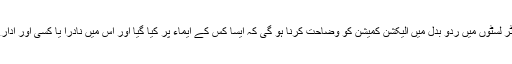
انہوں نے کہا کہ ووٹر لسٹوں میں ردو بدل میں الیکشن کمیشن کو وضاحت کرنا ہو گی کہ ایسا کس کے ایماء پر کیا گیا اور اس میں نادرا یا کسی اور ادارے کا کیا کردار تھا ۔